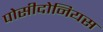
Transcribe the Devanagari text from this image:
पोसीदोनियस